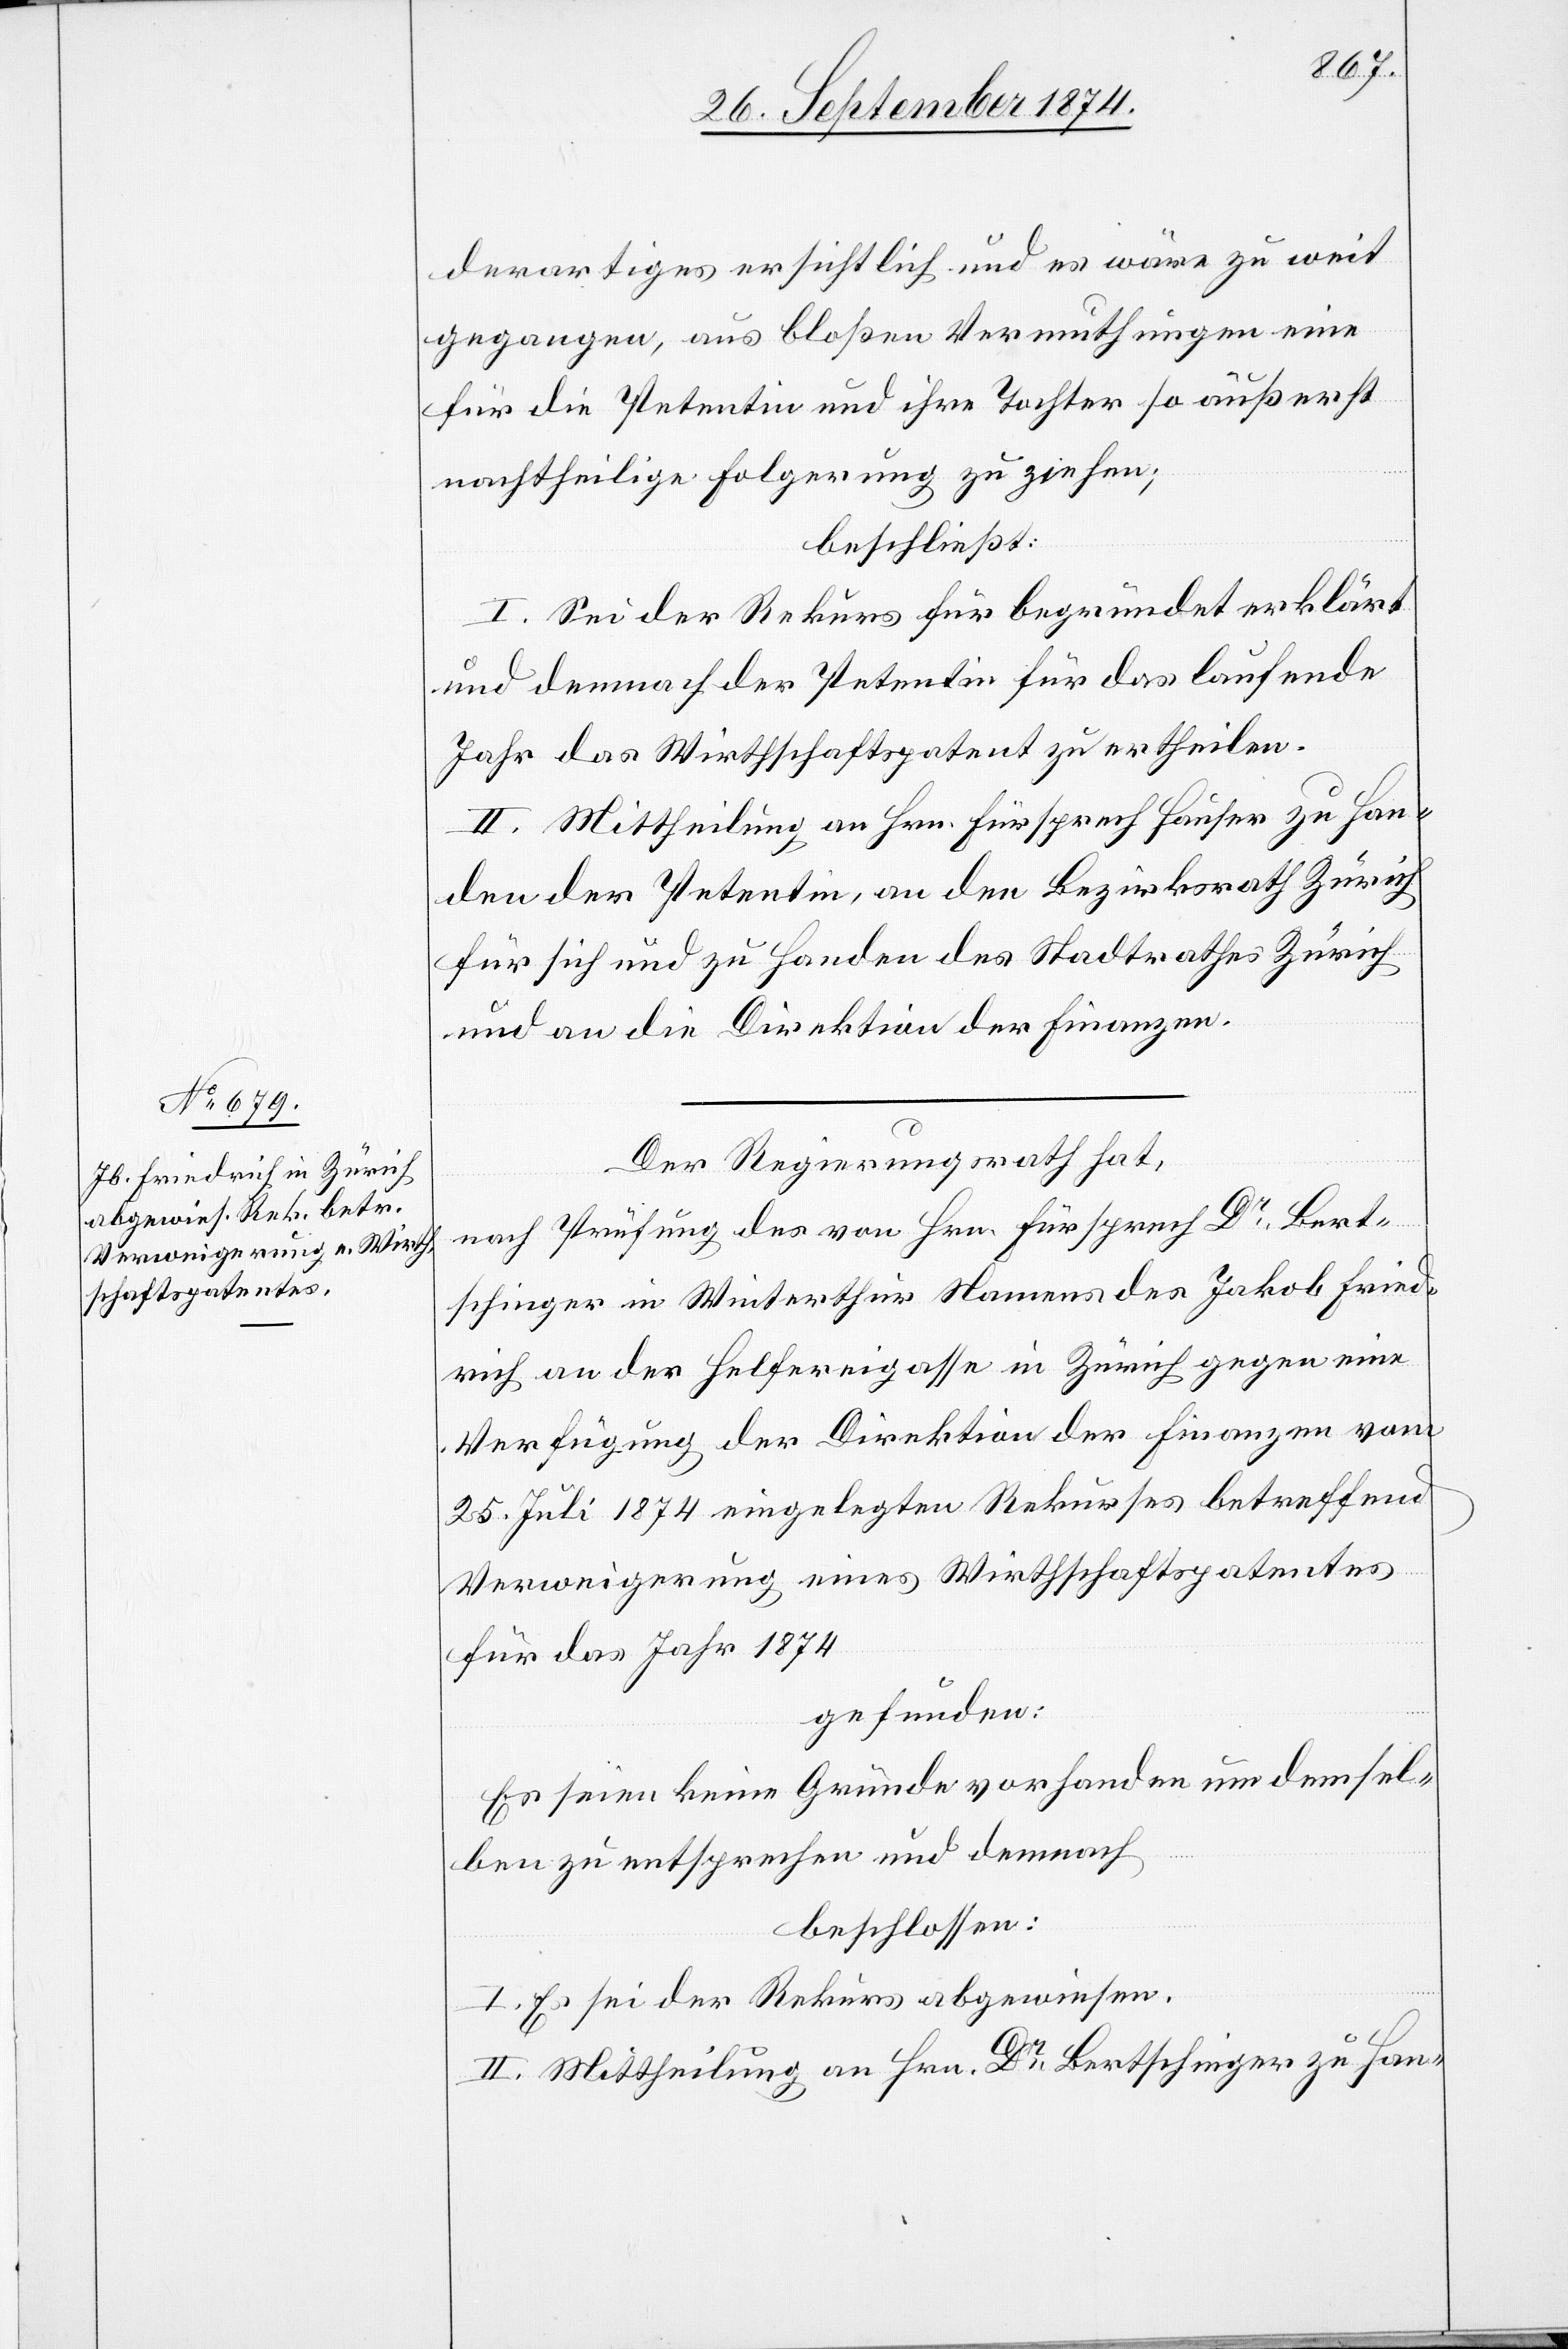
derartiges ersichtlich und es wäre zu weit
gegangen, aus bloßen Vermuthungen eine
für die Petentin und ihre Tochter so äußerst
nachtheilige Folgerung zu ziehen;
beschließt:
I. Sei der Rekurs für begründet erklärt
und demnach der Petentin für das laufende
Jahr das Wirthschaftspatent zu ertheilen.
II. Mittheilung an Hrn. Fürsprech Hauser zu Han¬
den der Petentin, an den Bezirksrath Zürich
für sich und zu Handen des Stadtrathes Zürich
und an die Direktion der Finanzen.
Der Regierungsrath hat,
nach Prüfung des von Hrn. Fürsprech Dr Bert¬
schinger in Winterthur Namens des Jakob Fried¬
rich an der Helfereigasse in Zürich gegen eine
Verfügung der Direktion der Finanzen vom
25. Juli 1874 eingelegten Rekurses betreffend
Verweigerung eines Wirthschaftspatentes
für das Jahr 1874.
gefunden:
Es seien keine Gründe vorhanden um demsel¬
ben zu entsprechen und demnach
beschlossen:
I. Es sei der Rekurs abgewiesen.
II. Mittheilung an Hrn. Dr Bertschinger zu Han-